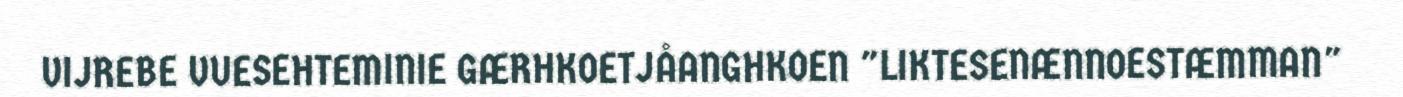
VIJREBE VUESEHTEMINIE GÆRHKOETJÅANGHKOEN "LIKTESENÆNNOESTÆMMAN"